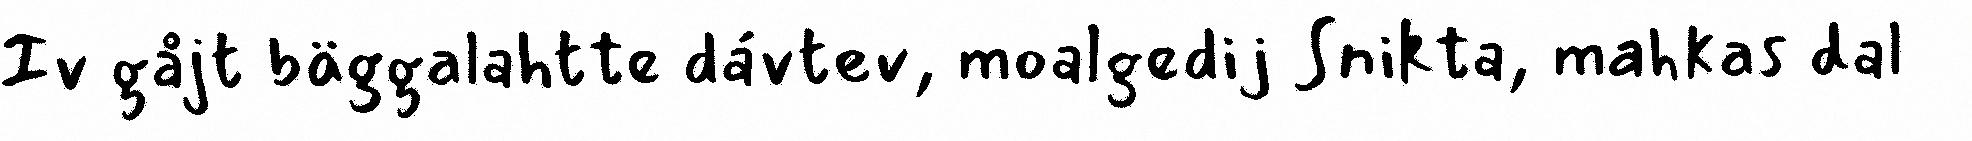
Iv gåjt bäggalahtte dávtev, moalgedij Snikta, mahkas dal